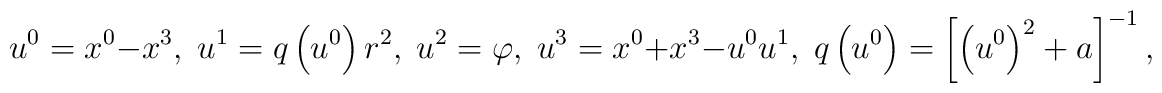
u^{0}=x^{0}-x^{3},\;u^{1}=q\left( u^{0}\right) r^{2},\;u^{2}=\varphi,\;u^{3}=x^{0}+x^{3}-u^{0}u^{1},\;q\left( u^{0}\right) =\left[ \left(u^{0}\right) ^{2}+a\right] ^{-1},